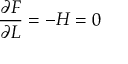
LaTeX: { \frac { \partial { \cal { F } } } { \partial L } } = - { \cal { H } } = 0